Report on the treatment of epidemic cholera: from information collected by the governments of Bengal, Madras, Bombay, N.W. Provinces, Punjab, Oudh, and Central India, by order of the Government of India
Disease focus: Cholera
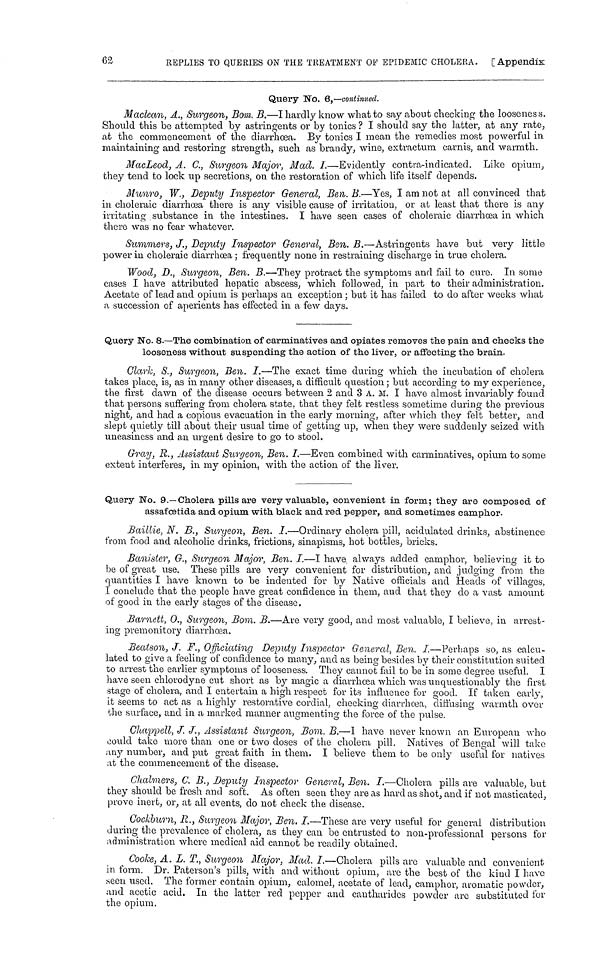
62
REPLIES TO QUERIES ON THE TREATMENT OF EPIDEMIC CHOLERA. [Appendix
Query No. 6,—continued.
Maclean, A., Surgeon, Bom. B.—I hardly know what to say about checking the looseness.
Should this be attempted by astringents or by tonics? I should say the latter, at any rate,
at the commencement of the diarrhœa. By tonics I mean the remedies most powerful in
maintaining and restoring strength, such as brandy, wine, extractum carnis, and warmth.
MacLeod, A. C., Surgeon Major, Mad. I.—Evidently contra-indicated. Like opium,
they tend to lock up secretions, on the restoration of which life itself depends.
Munro, W., Deputy Inspector General, Ben. B.—Yes, I am not at all convinced that
in choleraic diarrhoea there is any visible cause of irritation, or at least that there is any
irritating substance in the intestines. I have seen cases of choleraic diarrhœa in which
there was no fear whatever.
Summers, J., Deputy Inspector General, Ben. B.—Astringents have but very little
power in choleraic diarrhoea ; frequently none in restraining discharge in true cholera.
Wood, D., Surgeon, Ben. B.—They protract the symptoms and fail to cure. In some
cases I have attributed hepatic abscess, which followed, in part to their administration.
Acetate of lead and opium is perhaps an exception ; but it has failed to do after weeks what
a succession of aperients has effected in a few days.
Query No. 8.—The combination of carminatives and opiates removes the pain and checks the
looseness without suspending the action of the liver, or affecting the brain.
Clark, S., Surgeon, Ben. I.—The exact time during which the incubation of cholera
takes place, is, as in many other diseases, a difficult question ; but according to my experience,
the first dawn of the disease occurs between 2 and 3 A. M. I have almost invariably found
that persons suffering from cholera state, that they felt restless sometime during the previous
night, and had a copious evacuation in the early morning, after which they felt better, and
slept quietly till about their usual time of getting up, when they were suddenly seized with
uneasiness and an urgent desire to go to stool.
Gray, R., Assistant Surgeon, Ben. I.—Even combined with carminatives, opium to some
extent interferes, in my opinion, with the action of the liver.
Query No. 9.—Cholera pills are very valuable, convenient in form; they are composed of
assafœtida and opium with black and red pepper, and sometimes camphor.
Baillie, N. B., Surgeon, Ben. I.—Ordinary cholera pill, acidulated drinks, abstinence
from food and alcoholic drinks, frictions, sinapisms, hot bottles, bricks.
Banister, G., Surgeon Major, Ben. I.—I have always added camphor, believing it to
be of great use. These pills are very convenient for distribution, and judging from the
quantities I have known to be indented for by Native officials and Heads of villages,
I conclude that the people have great confidence in them, and that they do a vast amount
of good in the early stages of the disease.
Barnett, 0., Surgeon, Bom. B.—Are very good, and most valuable, I believe, in arrest-
ing premonitory diarrhœa.
Beatson, J. F., Officiating Deputy Inspector General, Ben. I.—Perhaps so, as calcu-
lated to give a feeling of confidence to many, and as being besides by their constitution suited
to arrest the earlier symptoms of looseness. They cannot fail to be in some degree useful. I
have seen chlorodyne cut short as by magic a diarrhœa which was unquestionably the first
stage of cholera, and I entertain a high respect for its influence for good. If taken early,
it seems to act as a highly restorative cordial, checking diarrhœa, diffusing warmth over
the surface, and in a marked manner augmenting the force of the pulse.
Chappell, J. J., Assistant Surgeon, Bom. B.—I have never known an European who
could take more than one or two doses of the cholera pill. Natives of Bengal will take
any number, and put great faith in them. I believe them to be only useful for natives
at the commencement of the disease.
Chalmers, C. B., Deputy Inspector General, Ben. I.—Cholera pills are valuable, but
they should be fresh and soft. As often seen they are as hard as shot, and if not masticated,
prove inert, or, at all events, do not check the disease.
Cockburn, R., Surgeon Major, Ben. I.—These are very useful for general distribution
during the prevalence of cholera, as they can be entrusted to non-professional persons for
administration where medical aid cannot be readily obtained.
Cooke, A. L. T., Surgeon Major, Mad. I.—Cholera pills are valuable and convenient
in form. Dr. Paterson's pills, with and without opium, are the best of the kind I have
seen used. The former contain opium, calomel, acetate of lead, camphor, aromatic powder,
and acetic acid. In the latter red pepper and canthurides powder are substituted for
the opium.